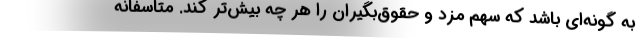
به گونه‌ای باشد که سهم مزد و حقوق‌بگیران را هر چه بیش‌تر کند. متاسفانه